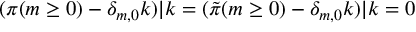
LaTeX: ( \pi ( m \ge 0 ) - \delta _ { m , 0 } k ) | k = ( { \tilde { \pi } } ( m \ge 0 ) - \delta _ { m , 0 } k ) | k = 0